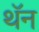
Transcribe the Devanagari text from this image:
थॅन